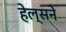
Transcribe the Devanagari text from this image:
हेल्सने